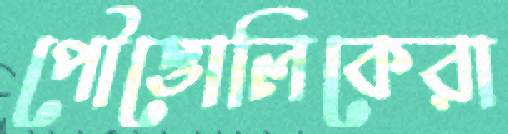
পৌত্তোলিকেরা